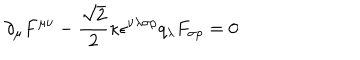
\partial _ { \mu } F ^ { \mu \nu } - \frac { \sqrt { 2 } } { 2 } \kappa \epsilon ^ { \nu \lambda \sigma \rho } q _ { \lambda } F _ { \sigma \rho } = 0